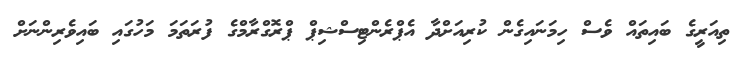
ތިއަރީގެ ބައިތައް ވެސް ހިމަނައިގެން ކުރިއަށްދާ އެޕްރެންޓިސްޝިޕް ޕްރޮގްރާމްގެ ފުރަތަމަ މަހުގައި ބައިވެރިންނަށް